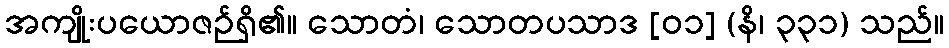
အကျိုးပယောဇဉ်ရှိ၏။ သောတံ၊ သောတပသာဒ [၀၁] (နိ၊ ၃၃၁) သည်။